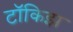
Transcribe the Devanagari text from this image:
टॉकिझ